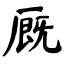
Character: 厩